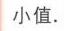
小值.